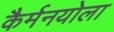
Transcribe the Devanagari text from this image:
कैर्मनयोला